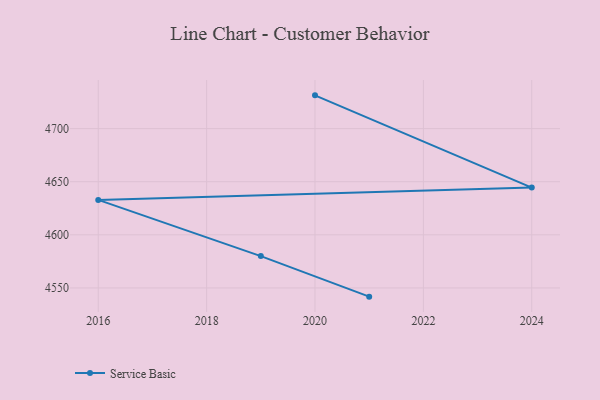
{"axis": {"x": "Year", "y": "Demand Index"}, "legend": ["Service Basic"], "data": [{"x": "2020", "y": 4731.3, "type": "Service Basic"}, {"x": "2024", "y": 4644.5, "type": "Service Basic"}, {"x": "2016", "y": 4632.9, "type": "Service Basic"}, {"x": "2019", "y": 4580.0, "type": "Service Basic"}, {"x": "2021", "y": 4541.8, "type": "Service Basic"}]}